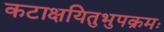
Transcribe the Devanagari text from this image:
कटाक्षयितुभुपक्रमः